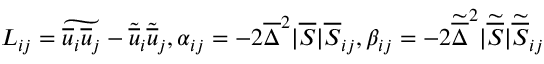
L _ { i j } = \widetilde { \overline { { u } } _ { i } \overline { { u } } _ { j } } - \widetilde { \overline { { u } } } _ { i } \widetilde { \overline { { u } } } _ { j } , \alpha _ { i j } = - 2 \overline { { \Delta } } ^ { 2 } | \overline { { S } } | \overline { { S } } _ { i j } , \beta _ { i j } = - 2 \widetilde { \overline { { \Delta } } } ^ { 2 } | \widetilde { \overline { { S } } } | \widetilde { \overline { { S } } } _ { i j }